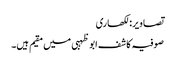
تصاویر: لکھاری
صوفیہ کاشف ابو ظہبی میں مقیم ہیں۔